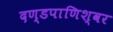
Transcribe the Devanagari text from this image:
दण्‍डपाणिश्‍वर